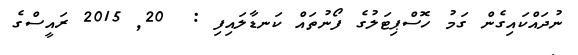
ނުދައްކައިގެން ގަމު ހޮސްޕިޓަލުގެ ފޯނުތައް ކަނޑާލައިފި :  20